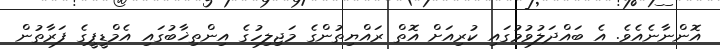
އޮންނާނެއެވެ. އެ ބައްދަލުވުމުގައި ކުރިއަށް އޮތް ރައްޔިތުންގެ މަޖިލިހުގެ އިންތިޚާބުގައި އެމްޑީޕީގެ ފަރާތުން